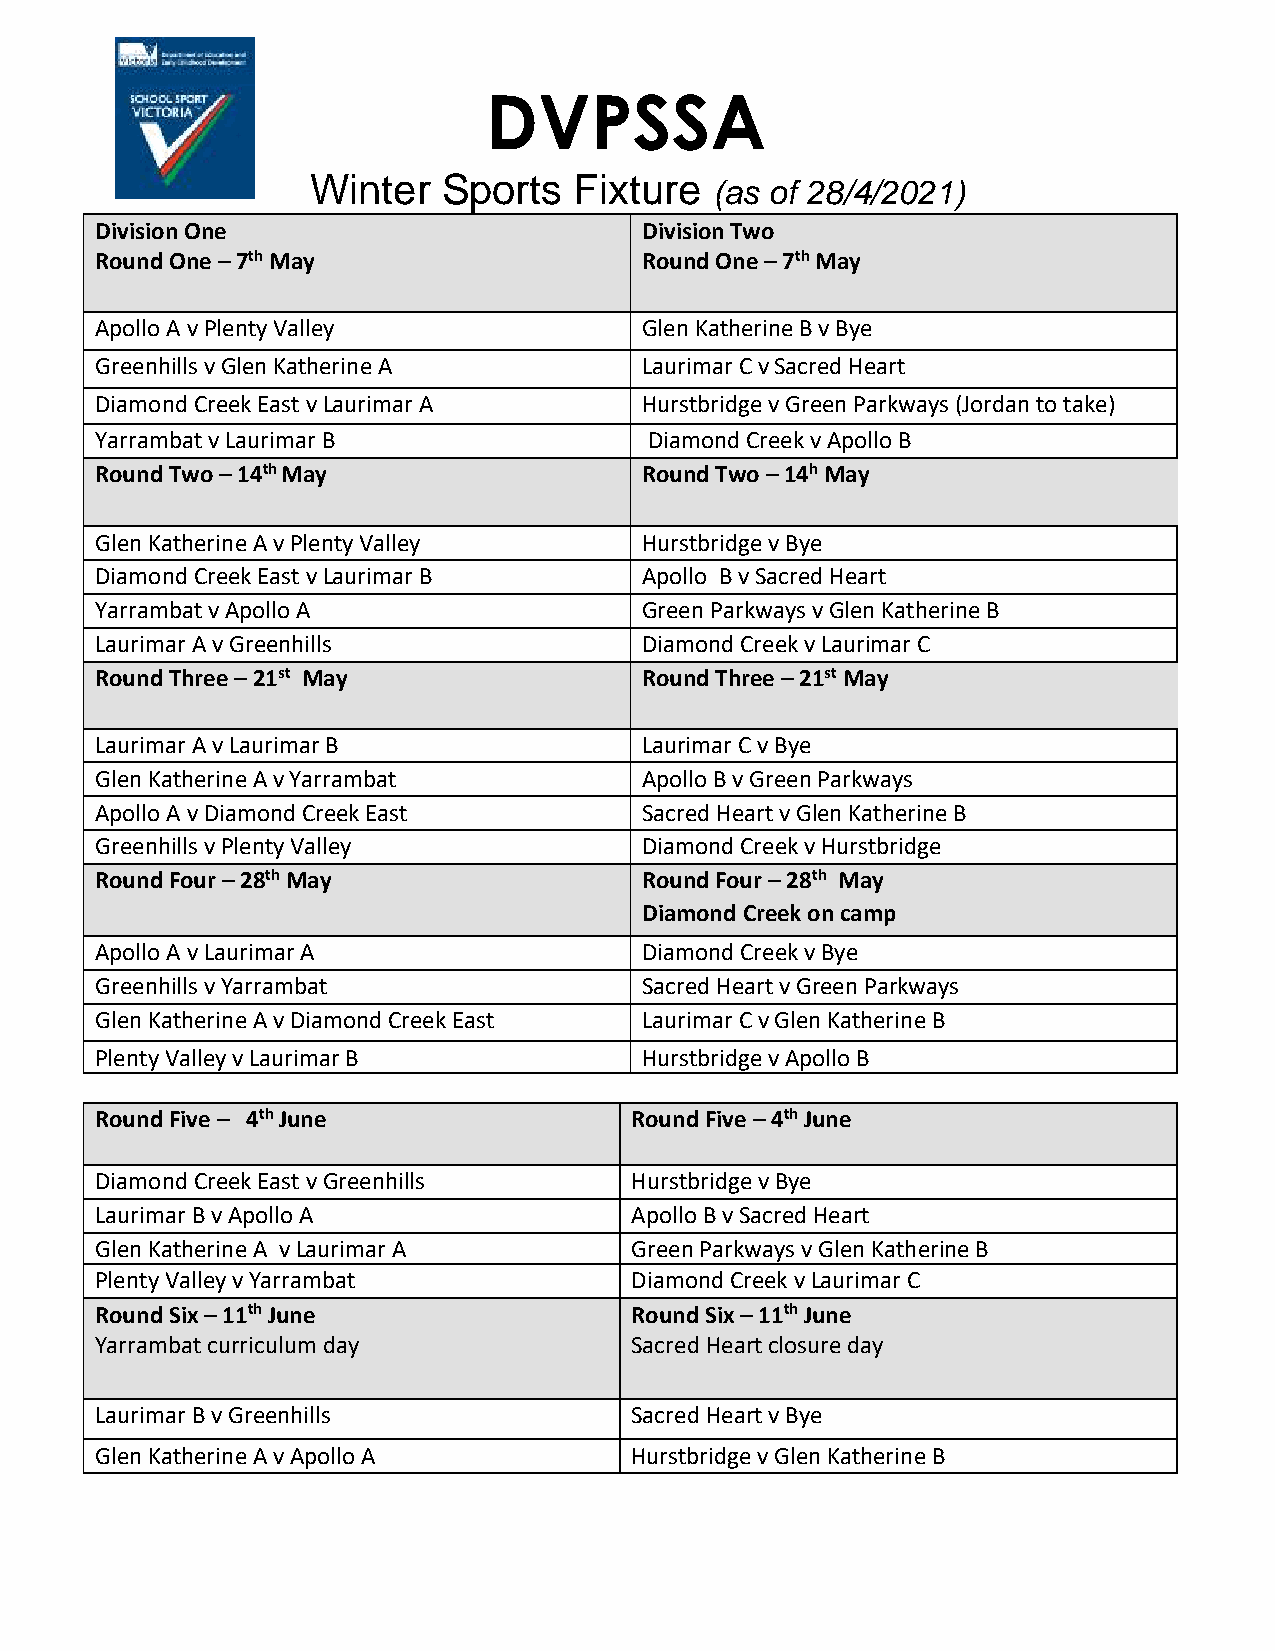
DVPSSA
 Winter  Sports   Fixture
 (as of 28/4/2021)
 Division One                        Division Two
 Round One – 7th May                 Round One – 7th May
 Apollo A v Plenty Valley            Glen Katherine B v Bye
 Greenhills v Glen Katherine A       Laurimar C v Sacred Heart
 Diamond Creek East v Laurimar A     Hurstbridge v Green Parkways (Jordan to take)
 Yarrambat v Laurimar B               Diamond Creek v Apollo B
 Round Two – 14th May                Round Two – 14h May
 Glen Katherine A v Plenty Valley    Hurstbridge v Bye
 Diamond Creek East v Laurimar B     Apollo B v Sacred Heart
 Yarrambat v Apollo A                Green Parkways v Glen Katherine B
 Laurimar A v Greenhills             Diamond Creek v Laurimar C
 Round Three – 21st May              Round Three – 21st May
 Laurimar A v Laurimar B             Laurimar C v Bye
 Glen Katherine A v Yarrambat        Apollo B v Green Parkways
 Apollo A v Diamond Creek East       Sacred Heart v Glen Katherine B
 Greenhills v Plenty Valley          Diamond Creek v Hurstbridge
 Round Four – 28th May               Round Four – 28th May
 Diamond Creek on camp
 Apollo A v Laurimar A               Diamond Creek v Bye
 Greenhills v Yarrambat              Sacred Heart v Green Parkways
 Glen Katherine A v Diamond Creek East Laurimar C v Glen Katherine B
 Plenty Valley v Laurimar B          Hurstbridge v Apollo B
 Round Five – 4th June               Round Five – 4th June
 Diamond Creek East v Greenhills     Hurstbridge v Bye
 Laurimar B v Apollo A               Apollo B v Sacred Heart
 Glen Katherine A v Laurimar A       Green Parkways v Glen Katherine B
 Plenty Valley v Yarrambat           Diamond Creek v Laurimar C
 Round Six – 11th June               Round Six – 11th June
 Yarrambat curriculum day            Sacred Heart closure day
 Laurimar B v Greenhills             Sacred Heart v Bye
 Glen Katherine A v Apollo A         Hurstbridge v Glen Katherine B